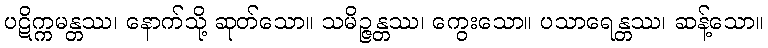
ပဋိက္ကမန္တဿ၊ နောက်သို့ ဆုတ်သော။ သမိဉ္ဇန္တဿ၊ ကွေးသော။ ပသာရေန္တဿ၊ ဆန့်သော။